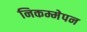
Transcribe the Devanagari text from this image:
निकम्मेपन